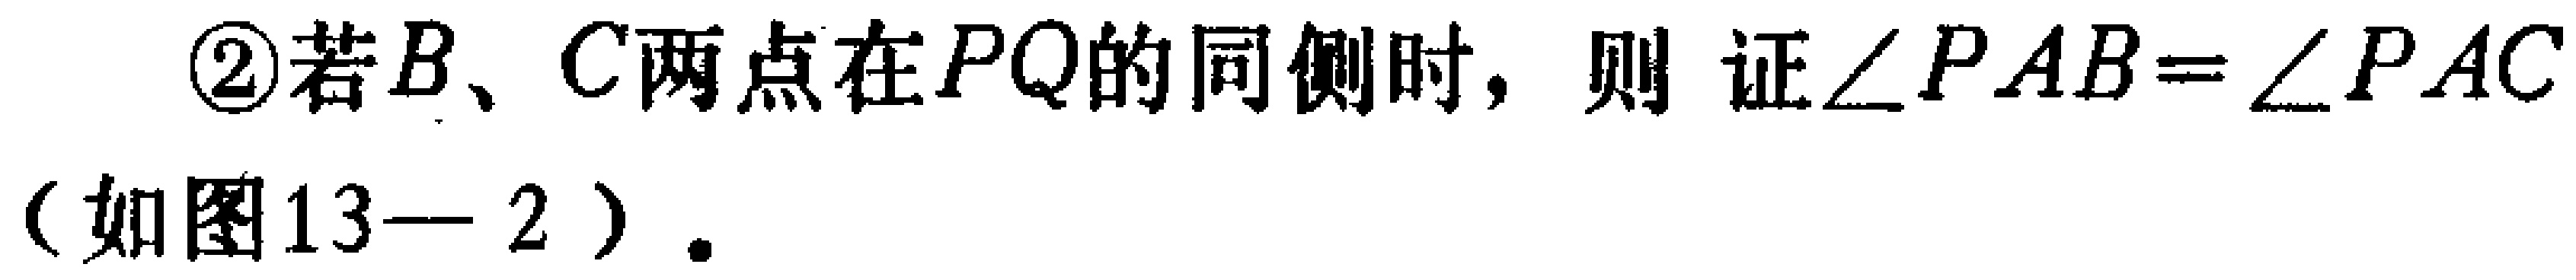
\textcircled{2}若\(B、C\)两点在\(PQ\)的同侧时，则 证\(\angle PAB=\angle PAC\)（如图13—2）.